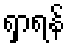
ရှာရန်